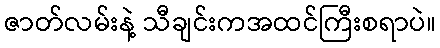
ဇာတ်လမ်းနဲ့ သီချင်းကအထင်ကြီးစရာပဲ။